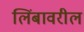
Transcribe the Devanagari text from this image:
लिंबावरील